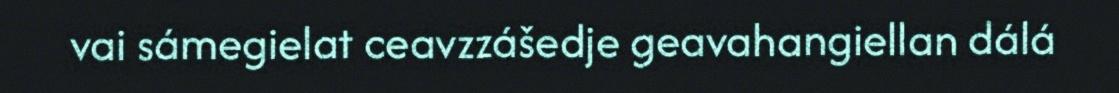
vai sámegielat ceavzzášedje geavahangiellan dálá